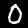
Digit: 0